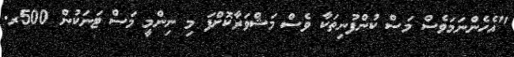
"އެހެންނަމަވެސް މަސް ކުންފުނިތަކާ ވެސް މަޝްވަރާކޮށްފަ މި ނިންމީ މަސް ޓަނަކުން 500ރ.